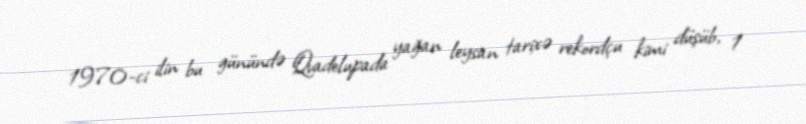
1970-ci ilin bu günündə Qvadelupada yağan leysan tarixə rekordçu kimi düşüb, 1